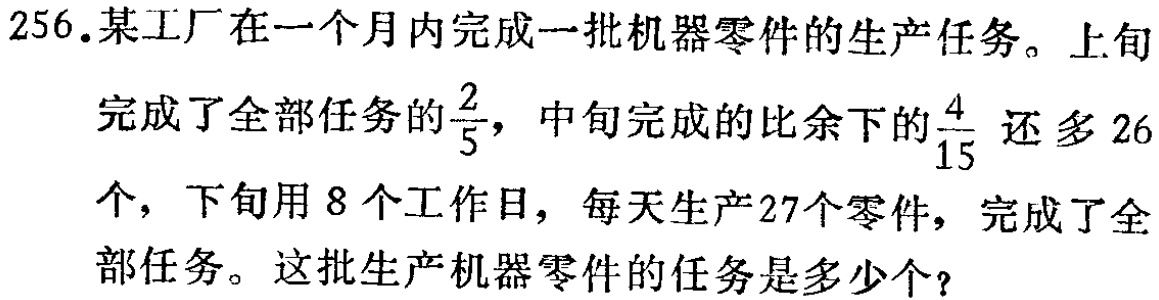
256.某工厂在一个月内完成一批机器零件的生产任务。上旬完成了全部任务的$\frac{2}{5}$，中旬完成的比余下的$\frac{4}{15}$还多26个，下旬用8个工作日，每天生产27个零件，完成了全部任务。这批生产机器零件的任务是多少个？